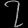
Digit: ၇